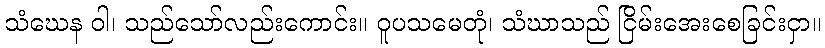
သံဃေန ဝါ၊ သည်သော်လည်းကောင်း။ ဝူပသမေတုံ၊ သံဃာသည် ငြိမ်းအေးစေခြင်းငှာ။